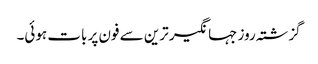
گزشتہ روز جہانگیر ترین سے فون پر بات ہوئی۔